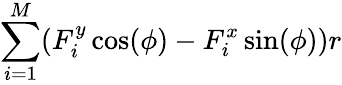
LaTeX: \sum_{i=1}^{M}(F_{i}^{y}\cos(\phi)-F_{i}^{x}\sin(\phi))r